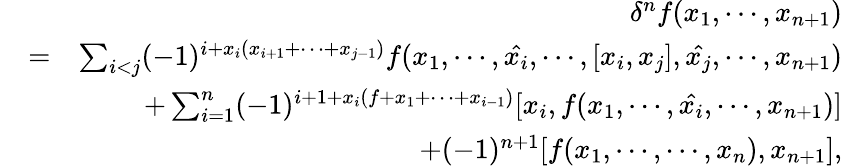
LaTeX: \begin{array}{rlr}&{}&{\delta^{n}f(x_{1},\cdots,x_{n+1})}\\ &{=}&{\sum_{i<j}(-1)^{i+x_{i}(x_{i+1}+\cdots+x_{j-1})}f(x_{1},\cdots,\hat{x_{i}},\cdots,[x_{i},x_{j}],\hat{x_{j}},\cdots,x_{n+1})}\\ &{}&{+\sum_{i=1}^{n}(-1)^{i+1+x_{i}(f+x_{1}+\cdots+x_{i-1})}[x_{i},f(x_{1},\cdots,\hat{x_{i}},\cdots,x_{n+1})]}\\ &{}&{+(-1)^{n+1}[f(x_{1},\cdots,\cdots,x_{n}),x_{n+1}],}\end{array}